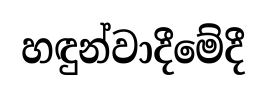
හඳුන්වාදීමේදී